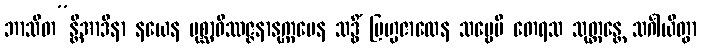
ဘာသိတ”န္တိအာဒိနာ နယေန ပုစ္ဆာဝိဿဇ္ဇနာနုက္ကမေန သဒ္ဓိံ ဗြဟ္မဇာလေန သဗ္ဗေပိ တေရသ သုတ္တန္တေ သင်္ဂါယိတွာ